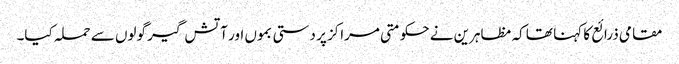
مقامی ذرائع کا کہنا تھا کہ مظاہرین نے حکومتی مراکز پر دستی بموں اور آتش گیر گولوں سے حملہ کیا۔